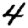
Digit: 4